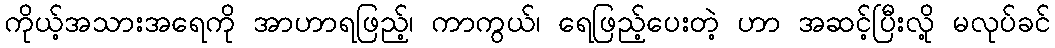
ကိုယ့်အသားအရေကို အာဟာရဖြည့်၊ ကာကွယ်၊ ရေဖြည့်ပေးတဲ့ ဟာ အဆင့်ပြီးလို့ မလုပ်ခင်